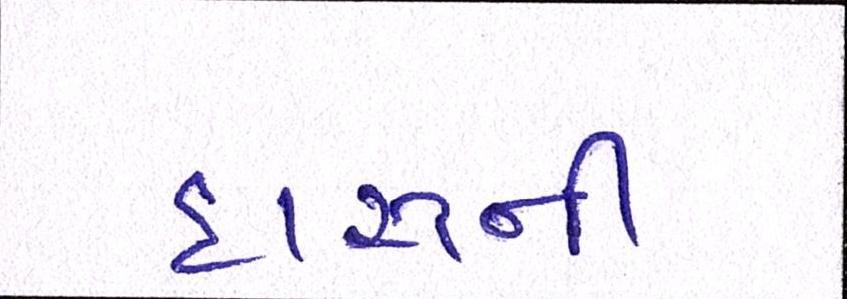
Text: દારૂની